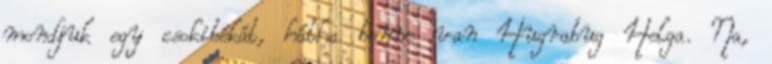
mondjuk egy csokibékát, hátha benne van Hugrabug Helga. Na,